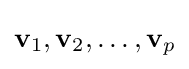
\mathbf {v} _{1},\mathbf {v} _{2},\dots ,\mathbf {v} _{p}